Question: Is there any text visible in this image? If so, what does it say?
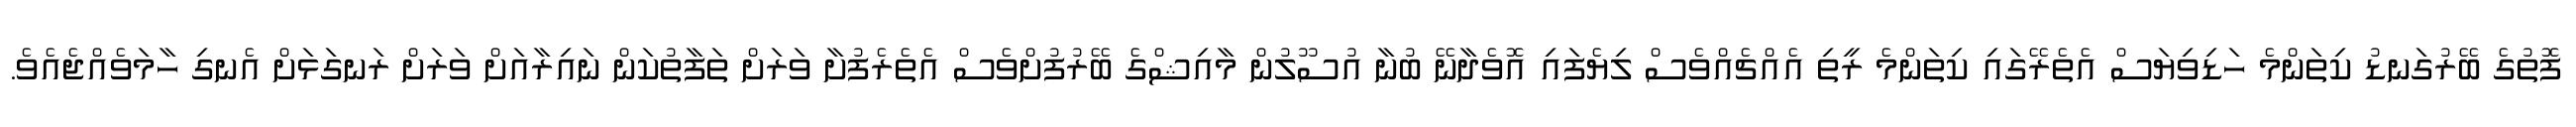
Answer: ފޮތުގެ ބޭރުގަނޑު ކިތަންމެ ހަޑިވިޔަސް އެތެރޭގައި ކިތަންމެ ރީތި އެއްޗެއްވެސް ލިޔެފައި އޮވެދާނޭ ބުނާ އުސޫލުން މާއިޝްގެ ބޭރުފުށްވެސް އެތެރެފުށާ ވަރަށް ތަފާތުކަން ނައިރާއަށް ވަރަށް ރަނގަޅަށް އެނގި ހާމަވެއްޖެއެވެ.